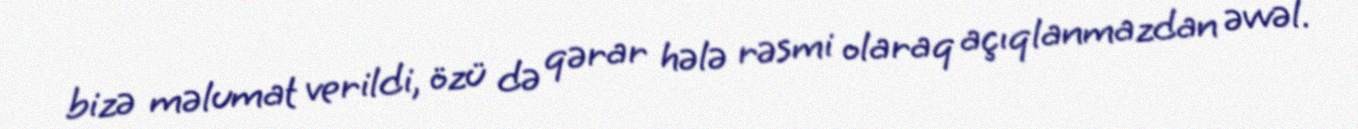
bizə məlumat verildi, özü də qərar hələ rəsmi olaraq açıqlanmazdan əvvəl.